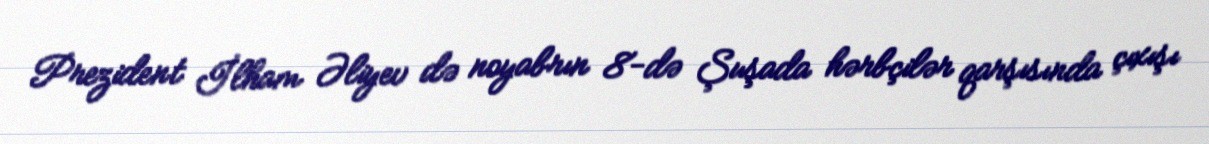
Prezident İlham Əliyev də noyabrın 8-də Şuşada hərbçilər qarşısında çıxışı